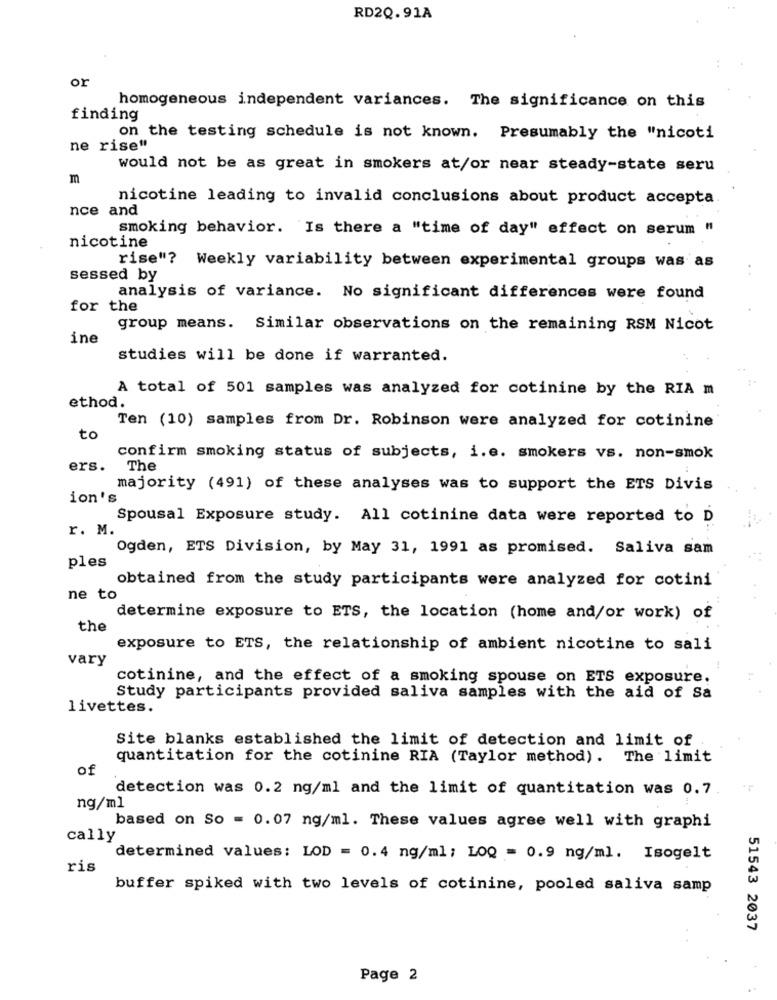
RD2Q.91A
or
homogeneous independent variances. The significance on this
finding
on the testing schedule is not known. Presumably the "nicoti
ne rise"
would not be as great in smokers at/or near steady-state seru
m
nicotine leading to invalid conclusions about product accepta.
nce and
smoking behavior. Is there a "time of day" effect on serum "
nicotine
rise"? Weekly variability between experimental groups was as
sessed by
analysis of variance. No significant differences were found
for the
group means. Similar observations on the remaining RSM Nicot
ine
studies will be done if warranted.
A total of 501 samples was analyzed for cotinine by the RIA m
ethod.
Ten (10) samples from Dr. Robinson were analyzed for cotinine
to
confirm smoking status of subjects, i.e. smokers vs. non-smok
ers.
The
majority (491) of these analyses was to support the ETS Divis
ion's
Spousal Exposure study. All cotinine data were reported to D
r. M.
Ogden, ETS Division, by May 31, 1991 as promised. Saliva sam
ples
obtained from the study participants were analyzed for cotini
ne to
determine exposure to ETS, the location (home and/or work) of
the
exposure to ETS, the relationship of ambient nicotine to sali
vary
cotinine, and the effect of a smoking spouse on ETS exposure.
Study participants provided saliva samples with the aid of Sa
livettes.
Site blanks established the limit of detection and limit of
quantitation for the cotinine RIA (Taylor method). The limit
of
detection was 0.2 ng/ml and the limit of quantitation was 0.7
ng/ml
based on So = 0.07 ng/ml. These values agree well with graphi
cally
determined values: LOD = 0.4 ng/ml; LOQ = 0.9 ng/ml. Isogelt
ris
buffer spiked with two levels of cotinine, pooled saliva samp
51543 2037
Page 2